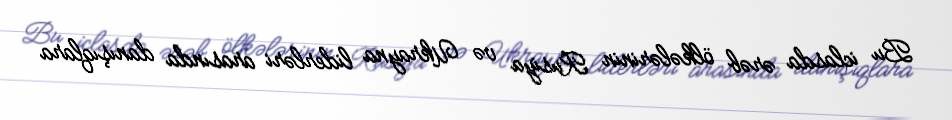
Bu iclasda ərəb ölkələrinin Rusiya və Ukrayna liderləri arasında danışıqlara